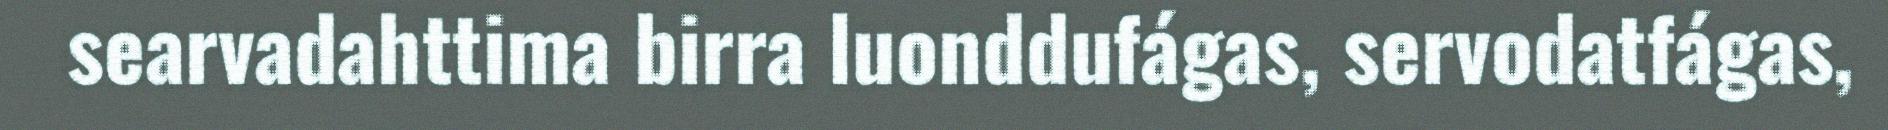
searvadahttima birra luonddufágas, servodatfágas,